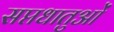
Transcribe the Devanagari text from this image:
सप्तधातुओं